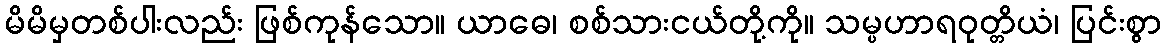
မိမိမှတစ်ပါးလည်း ဖြစ်ကုန်သော။ ယာဓေ၊ စစ်သားငယ်တို့ကို။ သမ္ပဟာရဝုတ္တိယံ၊ ပြင်းစွာ